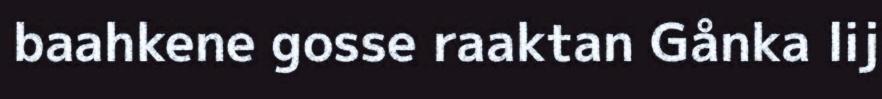
baahkene gosse raaktan Gånka lij